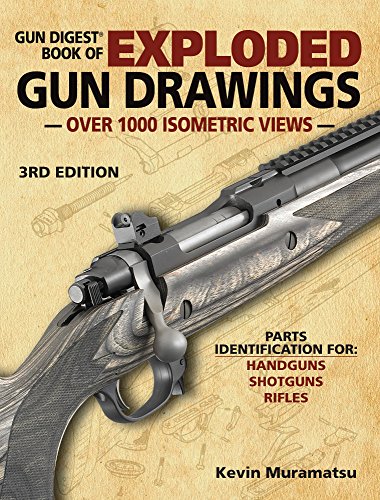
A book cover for Gun Digest Book of Exploded Gun Drawings; Crafts, Hobbies & Home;